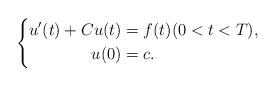
LaTeX: \begin{align*}\left\{ \begin{aligned} u^{\prime} (t) + C u (t) &= f(t) (0 < t < T), \\ u(0) &= c.\end{aligned} \right.\end{align*}